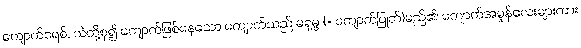
ကျောက်စရစ်, သဲတို့စု၍ ကျောက်ဖြစ်နေသော ကျောက်သည် မရုမ္ဗ (= ကျောက်ပြုတ်)မည်၏၊ ကျောက်အမှုန်လေးများကား